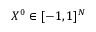
X ^ { 0 } \in [ - 1 , 1 ] ^ { N }